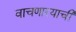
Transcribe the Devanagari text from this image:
वाचणारयाची